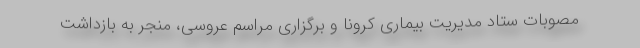
مصوبات ستاد مدیریت بیماری کرونا و برگزاری مراسم عروسی، منجر به بازداشت